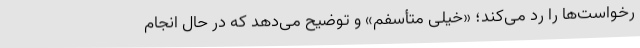
رخواست‌ها را رد می‌کند؛ «خیلی متأسفم» و توضیح می‌دهد که در حال انجام